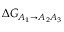
\Delta G _ { A _ { 1 } \rightarrow A _ { 2 } A _ { 3 } }